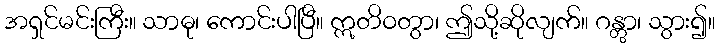
အရှင်မင်းကြီး။ သာဓု၊ ကောင်းပါပြီ။ ဣတိဝတွာ၊ ဤသို့ဆိုလျက်။ ဂန္တွာ၊ သွား၍။